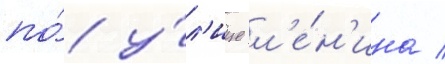
по́ у́л'ице л'е́н'ина /